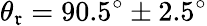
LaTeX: \theta_{\mathfrak{r}}=90.5^{\circ}\pm2.5^{\circ}